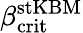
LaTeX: \beta_{\mathrm{crit}}^{\mathrm{stKBM}}